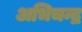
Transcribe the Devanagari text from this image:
अभिचन्द्र